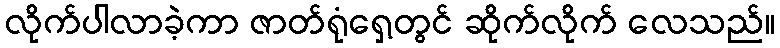
လိုက်ပါလာခဲ့ကာ ဇာတ်ရုံရှေ့တွင် ဆိုက်လိုက် လေသည်။